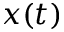
x ( t )